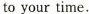
to your time.